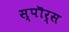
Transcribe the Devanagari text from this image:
स्पॊर्स